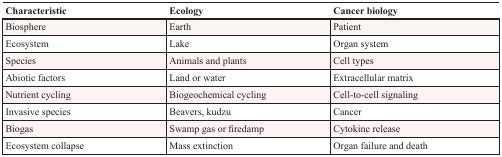
| Characteristic | Ecology | Cancer biology |
 | --- | --- | --- |
 | Biosphere | Earth | Patient |
 | Ecosystem | Lake | Organ system |
 | Species | Animals and plants | Cell types |
 | Abiotic factors | Land or water | Extracellular matrix |
 | Nutrient cycling | Biogeochemical cycling | Cell-to-cell signaling |
 | Invasive species | Beavers, kudzu | Cancer |
 | Biogas | Swamp gas or firedamp | Cytokine release |
 | Ecosystem collapse | Mass extinction | Organ failure and death |